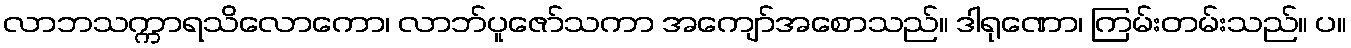
လာဘသက္ကာရသိလောကော၊ လာဘ်ပူဇော်သကာ အကျော်အစောသည်။ ဒါရုဏော၊ ကြမ်းတမ်းသည်။ ပ။